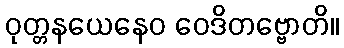
ဝုတ္တနယေနေဝ ဝေဒိတဗ္ဗောတိ။